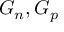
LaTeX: G _ { n } , G _ { p }